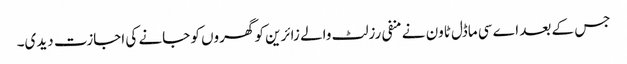
جس کے بعد اے سی ماڈل ٹاون نے منفی رزلٹ والے زائرین کو گھروں کو جانے کی اجازت دیدی۔